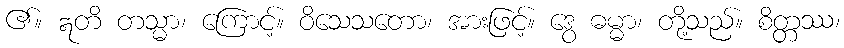
၏။ ဣတိ တသ္မာ၊ ကြောင့်။ ဝိသေသတော၊ အားဖြင့်။ ဒွေ ဓမ္မာ၊ တို့သည်။ စိတ္တဿ၊